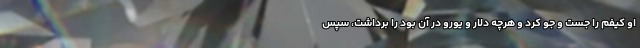
او کیفم را جست و جو کرد و هرچه دلار و یورو در آن بود را برداشت، سپس